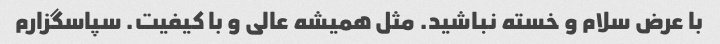
با عرض سلام و خسته نباشید. مثل همیشه عالی و با کیفیت. سپاسگزارم